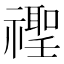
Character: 𱵭